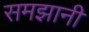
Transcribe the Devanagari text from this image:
समझानी